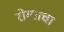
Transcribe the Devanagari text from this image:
रोग्यांचा